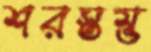
শরস্তম্ভ